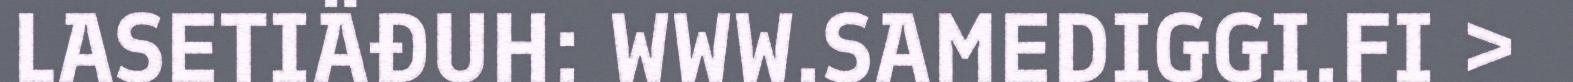
LASETIÄĐUH: WWW.SAMEDIGGI.FI >